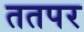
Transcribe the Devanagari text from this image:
ततपर